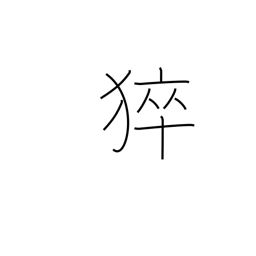
Meaning: sudden